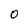
Character: 0